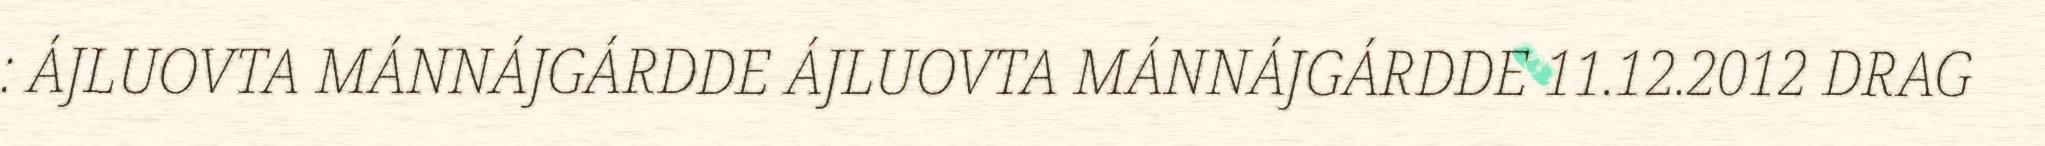
: ÁJLUOVTA MÁNNÁJGÁRDDE ÁJLUOVTA MÁNNÁJGÁRDDE 11.12.2012 DRAG